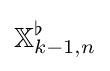
\mathbb {X} _{k-1,n}^{\flat }